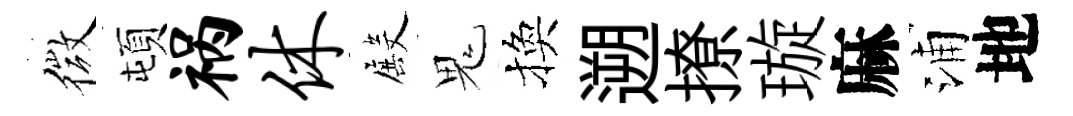
微頓祸休殿鬼換遡撩璇麻浦地